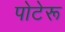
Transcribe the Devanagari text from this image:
पोटेरू